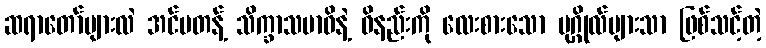
ဆရာတော်များလဲ အင်မတန့် သိက္ခာသမာဓိနဲ့ ဝိနည်းကို လေးစားသော ပုဂ္ဂိုလ်များသာ ဖြစ်သင့်တဲ့